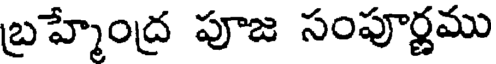
బ్రహ్మేంద్ర పూజ సంపూర్ణము